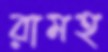
রামহ